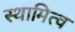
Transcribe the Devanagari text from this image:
स्थामित्व